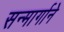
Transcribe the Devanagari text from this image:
सन्मार्गाने